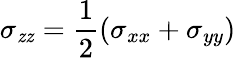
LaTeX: \sigma_{\mathit{z}\mathit{z}}=\frac{{1}}{{2}}(\sigma_{xx}+\sigma_{yy})